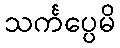
သင်္ကပ္ပေမိ